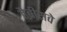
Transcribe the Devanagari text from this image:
तैबीसवे